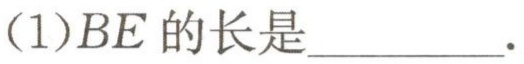
(1)\(BE\)的长是__________.